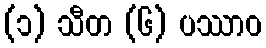
(၁) သီတ (၆) ပဿာဝ